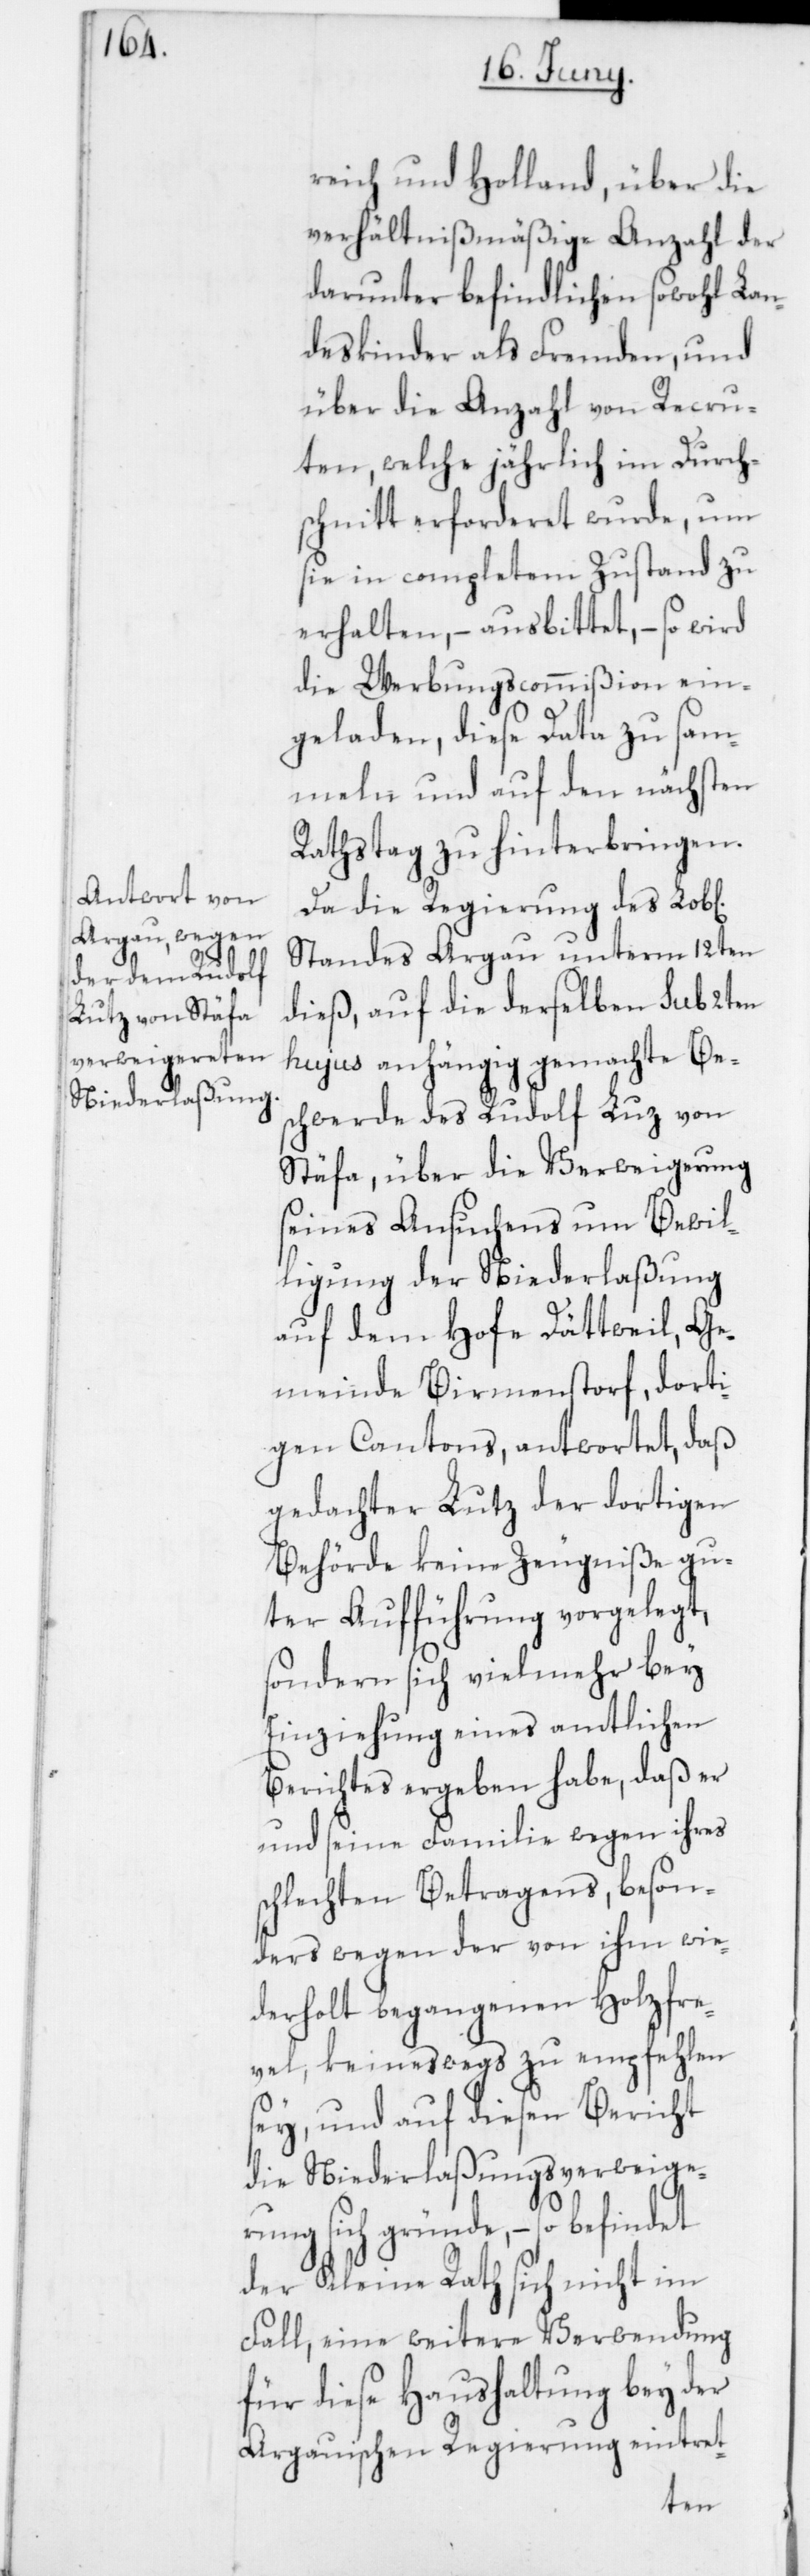
reich und Holland, über die
verhältnißmäßige Anzahl der
darunter befindlichen sowohl Lan¬
deskinder als Fremden, und
über die Anzahl von Recru¬
ten, welche jährlich im Durch¬
schnitt erforderet wurde, um
sie in complettem Zustand zu
erhalten, – ausbittet, – so wird
die Werbungscommißion ein¬
geladen, diese Data zu sam¬
meln und auf den nächsten
Rathstag zu hinterbringen.
Da die Regierung des Lob[l¬
Standes Argau unterm 12ten
dieß, auf die derselben sub 2ten
hujus anhängig gemachte Be¬
schwerde des Rudolf Luz von
Stäfa, über die Verweigerung
seines Ansuchens um Bewil¬
ligung der Niederlaßung
auf dem Hofe Dättweil, Ge¬
meinde Birmenstorf, dorti¬
gen Cantons, antwortet, daß
gedachter Lutz der dortigen
Behörde keine Zeugniße gu¬
ter Aufführung vorgelegt,
sondern sich vielmehr bey
Einziehung eines amtlichen
Berichtes ergeben habe, daß er
und seine Familie wegen ihres
schlechten Betragens, beson¬
ders wegen der von ihm wie¬
derholt begangenen Holzfre¬
vel, keineswegs zu empfehlen
sey, und auf diesen Bericht
die Niederlaßungsverweige¬
rung sich gründe, – so befindet
der Kleine Rath sich nicht im
Fall, eine weitere Verwendung
für diese Haushaltung bey der
Argauischen Regierung eintret-
ichen]